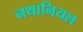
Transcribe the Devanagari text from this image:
नथानियल